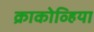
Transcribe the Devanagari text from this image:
क्राकोव्हिया